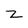
Character: Z